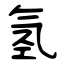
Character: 氢